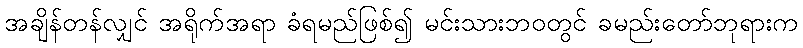
အချိန်တန်လျှင် အရိုက်အရာ ခံရမည်ဖြစ်၍ မင်းသားဘဝတွင် ခမည်းတော်ဘုရားက